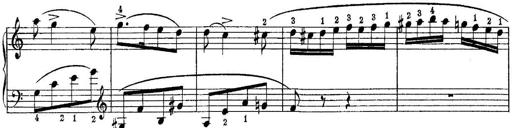
Title: Quatres sonatines
Composer: Tadeusz Joteyko